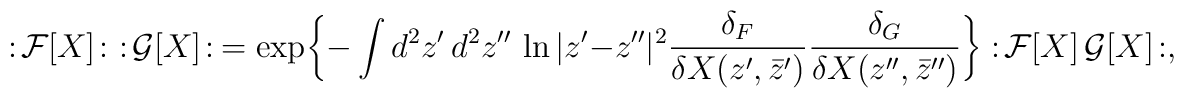
:\! {\cal F}[X] \! :\,\, :\! {\cal G}[X] \! :\ =\exp\biggl\{ -\int d^2z'\,d^2 z'' \, \ln|z'-z''|^2\frac{\delta_F}{\delta X(z',\bar z')}\frac{\delta_G}{\delta X(z'',\bar z'')} \biggr\}:\! {\cal F}[X]\,{\cal G}[X] \! :,